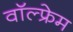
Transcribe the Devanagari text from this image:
वॉल्फ्रेम